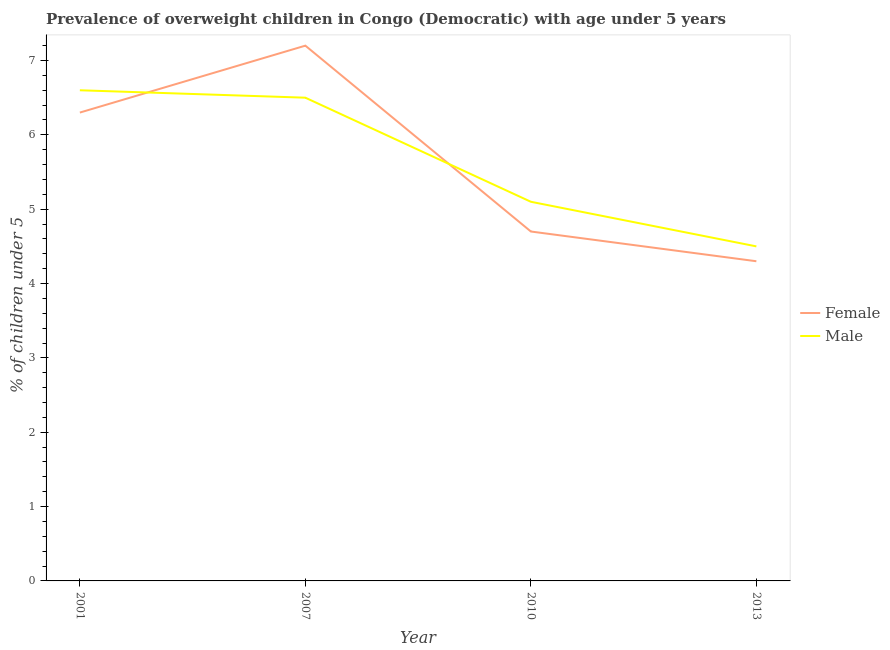
| Year | Female | Male |
 | --- | --- | --- |
 | 2001 | 6.3 | 6.6 |
 | 2007 | 7.2 | 6.5 |
 | 2010 | 4.7 | 5.1 |
 | 2013 | 4.3 | 4.5 |